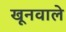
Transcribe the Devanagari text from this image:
खूनवाले